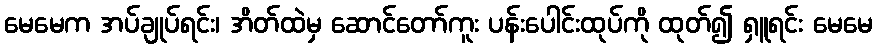
မေမေက အပ်ချုပ်ရင်း၊ အိတ်ထဲမှ ဆောင်တော်ကူး ပန်းပေါင်းထုပ်ကို ထုတ်၍ ရှူရင်း မေမေ